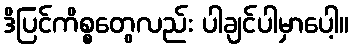
ဒိပြင်ကိစ္စတွေလည်း ပါချင်ပါမှာပေါ့။